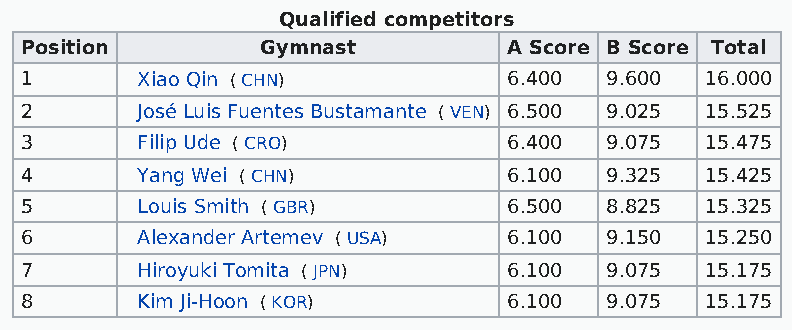
Qualified competitors
 Position        Gymnast          A Score B Score Total
 1       Xiao Qin ( CHN)          6.400 9.600  16.000
 2       José Luis Fuentes Bustamante ( VEN) 6.500 9.025 15.525
 3       Filip Ude ( CRO)         6.400 9.075  15.475
 4       Yang Wei ( CHN)          6.100 9.325  15.425
 5       Louis Smith ( GBR)       6.500 8.825  15.325
 6       Alexander Artemev ( USA) 6.100 9.150  15.250
 7       Hiroyuki Tomita ( JPN)   6.100 9.075  15.175
 8       Kim Ji-Hoon ( KOR)       6.100 9.075  15.175